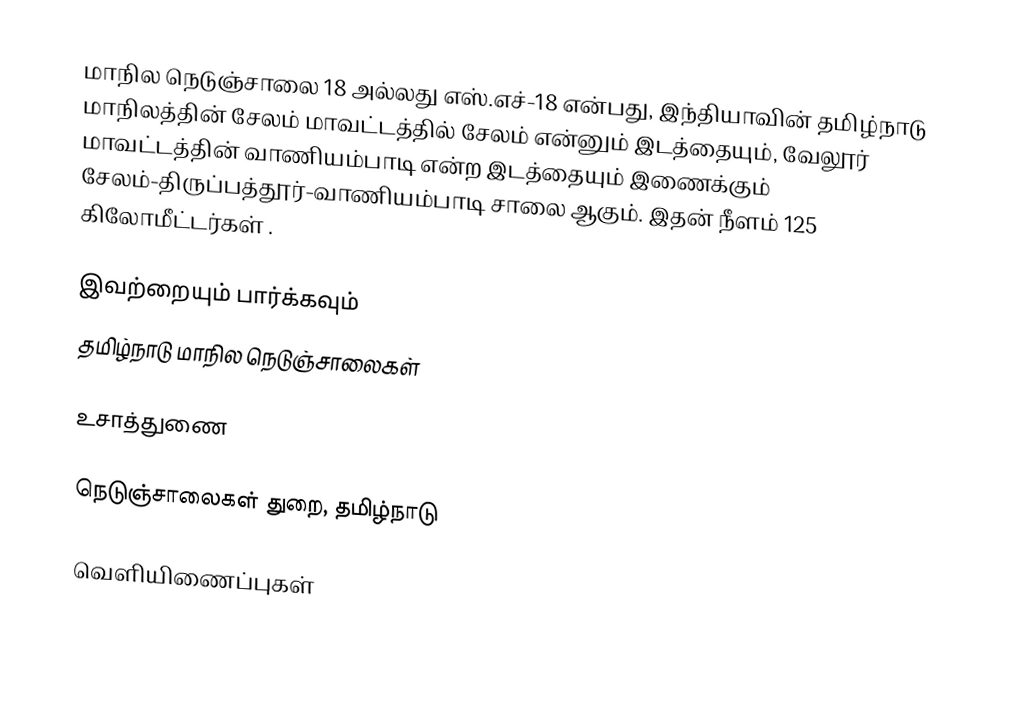
மாநில நெடுஞ்சாலை 18 அல்லது எஸ்.எச்-18 என்பது, இந்தியாவின் தமிழ்நாடு மாநிலத்தின் சேலம் மாவட்டத்தில் சேலம் என்னும் இடத்தையும், வேலூர் மாவட்டத்தின் வாணியம்பாடி என்ற இடத்தையும் இணைக்கும் சேலம்-திருப்பத்தூர்-வாணியம்பாடி சாலை ஆகும். இதன் நீளம் 125  கிலோமீட்டர்கள் .

இவற்றையும் பார்க்கவும்
 தமிழ்நாடு மாநில நெடுஞ்சாலைகள்

உசாத்துணை

 நெடுஞ்சாலைகள் துறை, தமிழ்நாடு

வெளியிணைப்புகள்